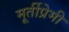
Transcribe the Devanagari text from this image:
मूर्तीप्रेमी